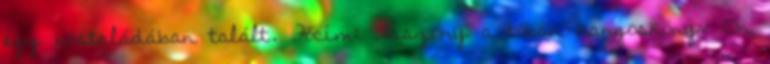
egy postaládában talált. Főcím: Asszony a tóban hangoskönyv Ön